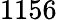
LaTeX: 1156